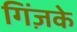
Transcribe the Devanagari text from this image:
गिंज़के